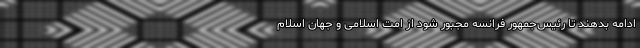
ادامه بدهند تا رئیس‌جمهور فرانسه مجبور شود از امت اسلامی و جهان اسلام